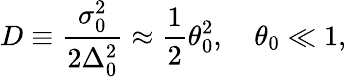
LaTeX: D\equiv\frac{\sigma_{0}^{2}}{2\Delta_{0}^{2}}\approx\frac{1}{2}\theta_{0}^{2},\quad\theta_{0}\ll 1,